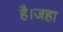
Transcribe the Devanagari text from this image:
है।जहा